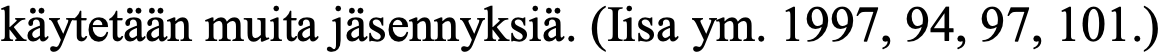
käytetään muita jäsennyksiä. (Iisa ym. 1997, 94, 97, 101.)